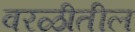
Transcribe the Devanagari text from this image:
वरळीतील